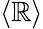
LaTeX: \langle\mathbb{R}\rangle